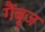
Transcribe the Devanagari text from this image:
गैंबूज